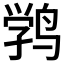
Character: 𱊉